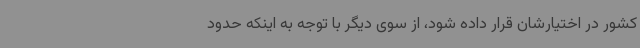
کشور در اختیارشان قرار داده شود، از سوی دیگر با توجه به اینکه حدود